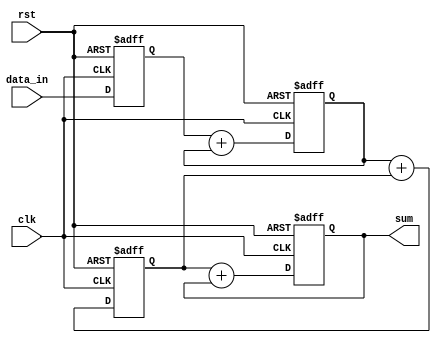
module cascaded_accumulator (
    input wire clk,
    input wire rst,
    input wire [15:0] data_in,
    output wire [15:0] sum
);

reg [15:0] data_out [3:0];

always @(posedge clk or posedge rst) begin
    if(rst) begin
        data_out[0] <= 16'b0;
        data_out[1] <= 16'b0;
        data_out[2] <= 16'b0;
        data_out[3] <= 16'b0;
    end else begin
        data_out[0] <= data_in;
        data_out[1] <= data_out[0] + data_out[1];
        data_out[2] <= data_out[1] + data_out[2];
        data_out[3] <= data_out[2] + data_out[3];
    end
end

assign sum = data_out[3];

endmodule